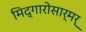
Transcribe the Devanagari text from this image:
मिद्गारोसार्मर्